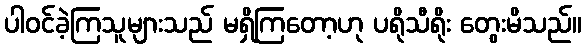
ပါဝင်ခဲ့ကြသူများသည် မရှိကြတော့ဟု ပရိုသီရိုး တွေးမိသည်။